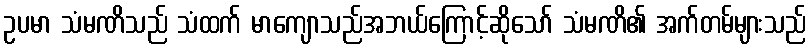
ဥပမာ သံမဏိသည် သံထက် မာကျောသည်အဘယ်ကြောင့်ဆိုသော် သံမဏိ၏ အက်တမ်များသည်